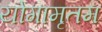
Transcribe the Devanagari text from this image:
योगामृतम